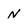
Character: N